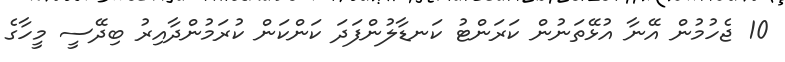
10 ޖެހުމުން އޭނާ އުޅޭތަނުން ކަރަންޓު ކަނޑާލުންފަދަ ކަންކަން ކުރަމުންދާއިރު ބިދޭސީ މީހާގެ